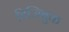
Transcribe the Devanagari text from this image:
डिजिबुक